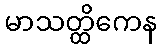
မာသတ္ထိကေန